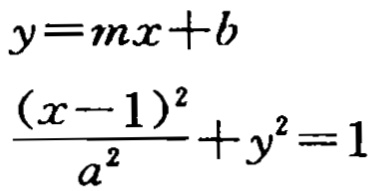
\[
y = mx + b
\]
\[
\frac{(x - 1)^2}{a^2} + y^2 = 1
\]